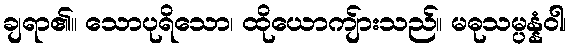
ချရာ၏။ သောပုရိသော၊ ထိုယောကျ်ားသည်။ မဓုသမ္ပန္နံဝါ၊